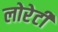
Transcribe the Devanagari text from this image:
लोरेटी